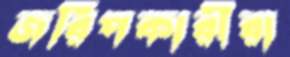
জরিপকারীরা